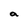
Character: a